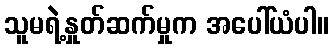
သူမရဲ့နှုတ်ဆက်မှုက အပေါ်ယံပါ။